Note on the mental hospitals in Burma - 1925-1940
Year: 1925
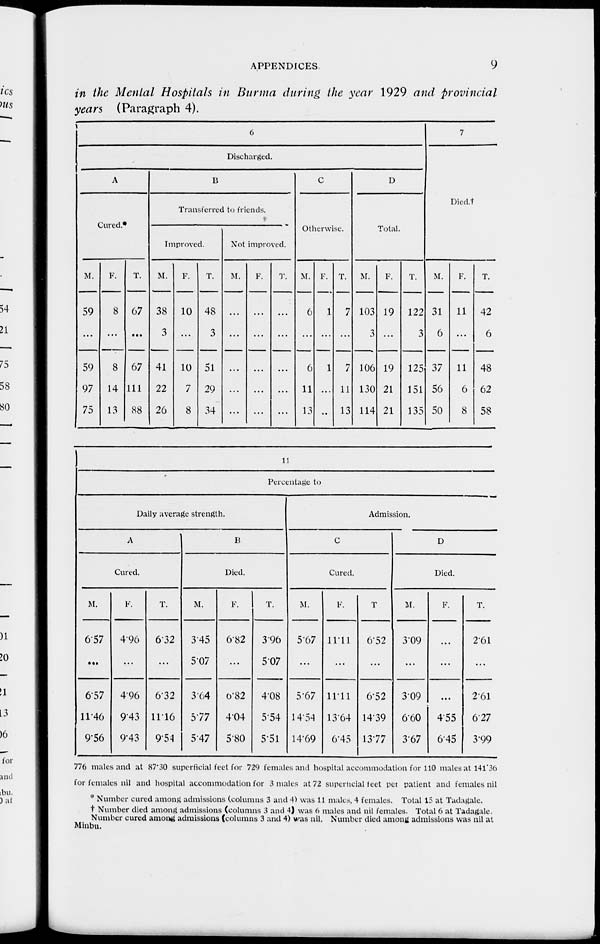
APPENDICES
9
in the Mental Hospitals in Burma during the year 1929 and provincial
years (Paragraph 4).
6
Discharged.
A
Cured.*
M.
59
...
59
97
75
F.
8
...
8
14
13
T.
67
...
67
111
88
B
Transferred to friends.
Improved.
M.
38
3
41
22
26
F.
10
...
10
7
8
T.
48
3
51
29
34
Not improved.
M.
...
...
...
...
F.
...
...
...
...
...
T.
...
...
...
...
...
C
Otherwise.
M.
6
...
6
11
13
F.
1
...
1
...
...
T.
7
...
7
11
13
D
Total.
M.
103
3
106
130
114
F.
19
...
19
21
21
T.
122
3
125
151
135
7
Died.†
M.
31
6
37
56
50
F.
11
...
11
6
8
T.
42
6
48
62
58
11
Percentage to
Daily average strength.
A
Cured.
M.
6.57
...
6.57
11.46
9.56
F.
4.96
...
4.96
9.43
9.43
T.
6.32
...
6.32
11.16
9.54
B
Died.
M.
3.45
5.07
3.64
5.77
5.47
F.
6.82
...
6.82
4.04
5.80
T.
3.96
5.07
4.08
5.54
5.51
Admission.
C
Cured.
M.
5.67
...
5.67
14.54
14.69
F.
11.11
...
11.11
13.64
6.45
T
6.52
...
6.52
14.39
13.77
D
Died.
M.
3.09
...
3.09
6.60
3.67
F.
...
...
...
4.55
6.45
T.
2.61
...
2.61
6.27
3.99
776 males and at 87.30 superficial feet for 729 females and hospital accommodation for 110 males at l41.36
for females nil and hospital accommodation for 3 males at 72 superficial feet per patient and females nil
* Number cured among admissions (columns 3 and 4) was 11 males, 4 females. Total 15 at Tadagale.
† Number died among admissions (columns 3 and 4) was 6 males and nil females. Total 6 at Tadagale.
Number cured among admissions (columns 3 and 4) was nil. Number died among admissions was nil at
Minbu.